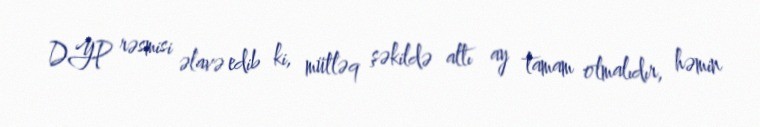
DYP rəsmisi əlavə edib ki, mütləq şəkildə altı ay tamam olmalıdır, həmin